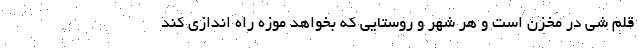
قلم شی در مخزن است و هر شهر و روستایی که بخواهد موزه راه اندازی کند